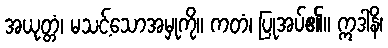
အယုတ္တံ၊ မသင့်သောအမှုကို။ ကတံ၊ ပြုအပ်၏။ ဣဒါနိ၊